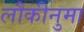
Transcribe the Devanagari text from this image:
लौकीनुमा